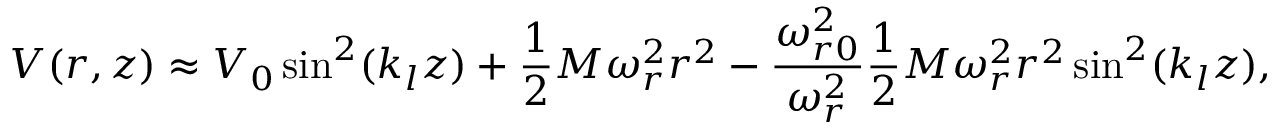
V ( r , z ) \approx V _ { 0 } \sin ^ { 2 } ( k _ { l } z ) + \frac { 1 } { 2 } M \omega _ { r } ^ { 2 } r ^ { 2 } - \frac { \omega _ { r 0 } ^ { 2 } } { \omega _ { r } ^ { 2 } } \frac { 1 } { 2 } M \omega _ { r } ^ { 2 } r ^ { 2 } \sin ^ { 2 } ( k _ { l } z ) ,